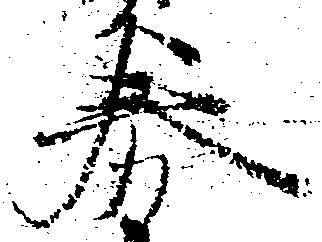
券